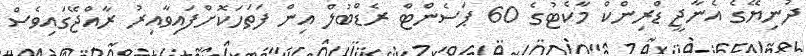
ދުނިޔޭގެ އެނާޖީ ޑްރިންކް މާކެޓުގެ 60 ޕަސެންޓް ރެޑްބުލް އިން ފަތަހަކޮށްފައިވާއިރު ރާއްޖޭގައިވެސް